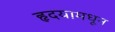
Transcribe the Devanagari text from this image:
हृदयामधून